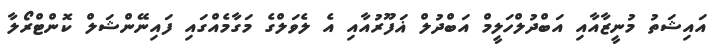
އައިޝަތު މުނީޒާއާއި އަބްދުލްހަލީމް އަބްދުލް ޣަފޫރުއާއި އެ ލެވަލްގެ މަގާމެއްގައި ފައިނޭންޝަލް ކޮންޓްރޯލާ